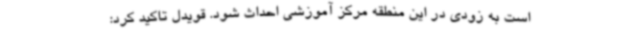
است به زودی در این منطقه مرکز آموزشی احداث شود. قویدل تاکید کرد: